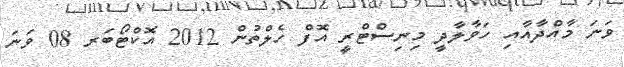
ވަނަ މާއްދާއާއި ހަވާލާދީ މިނިސްޓްރީ އޮފް ހެލްތުން 2012 އޮކްޓޯބަރ 08 ވަނަ